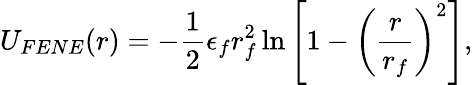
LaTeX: U_{FENE}(r)=-\frac{1}{2}\epsilon_{f}r_{f}^{2}\ln\left[1-\left(\frac{r}{r_{f}}\right)^{2}\right],